Leprosy in India: report of the Leprosy Commission in India, 1890-91
Year: 1890
Disease focus: Leprosy
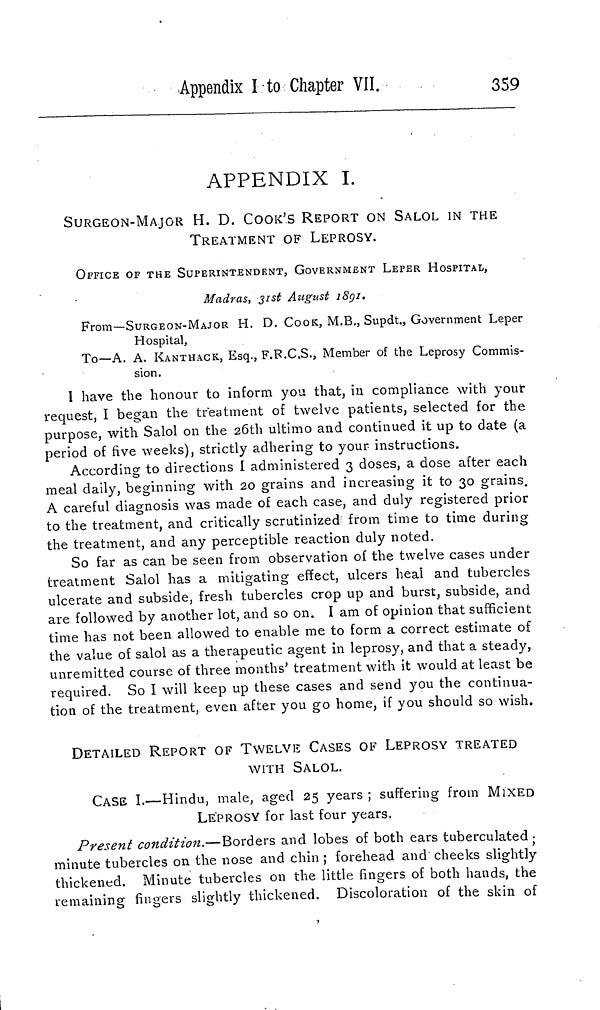
Appendix I to Chapter VII.
359
APPENDIX I.
SURGEON-MAJOR H. D. COOK'S REPORT ON SALOL IN THE
TREATMENT OF LEPROSY.
OFFICE OF THE SUPERINTENDENT, GOVERNMENT LEPER HOSPITAL,
Madras, 31st August 1891.
From—SURGEON-MAJOR H. D. COOK, M.B., Supdt., Government Leper
Hospital,
To—A. A. KANTHACK, Esq., F.R.C.S., Member of the Leprosy Commis-
sion.
I have the honour to inform you that, in compliance with your
request, I began the treatment of twelve patients, selected for the
purpose, with Salol on the 26th ultimo and continued it up to date (a
period of five weeks), strictly adhering to your instructions.
According to directions I administered 3 doses, a dose after each
meal daily, beginning with 20 grains and increasing it to 30 grains.
A careful diagnosis was made of each case, and duly registered prior
to the treatment, and critically scrutinized from time to time during
the treatment, and any perceptible reaction duly noted.
So far as can be seen from observation of the twelve cases under
treatment Salol has a mitigating effect, ulcers heal and tubercles
ulcerate and subside, fresh tubercles crop up and burst, subside, and
are followed by another lot, and so on. I am of opinion that sufficient
time has not been allowed to enable me to form a correct estimate of
the value of salol as a therapeutic agent in leprosy, and that a steady,
unremitted course of three months' treatment with it would at least be
required. So I will keep up these cases and send you the continua-
tion of the treatment, even after you go home, if you should so wish.
DETAILED REPORT OF TWELVE CASES OF LEPROSY TREATED
WITH SALOL.
CASE I.—Hindu, male, aged 25 years ; suffering from MIXED
LEPROSY for last four years.
Present condition.—Borders and lobes of both ears tuberculated ;
minute tubercles on the nose and chin ; forehead and cheeks slightly
thickened. Minute tubercles on the little fingers of both hands, the
remaining fingers slightly thickened. Discoloration of the skin of